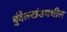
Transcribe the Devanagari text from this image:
बुंदेलखंडमधील